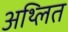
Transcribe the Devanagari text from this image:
अथ्लित